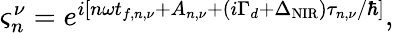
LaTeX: \begin{array}{r}{\varsigma_{n}^{\nu}=e^{i[n\omega t_{f,n,\nu}+A_{n,\nu}+(i\Gamma_{d}+\Delta_{\mathrm{NIR}})\tau_{n,\nu}/\hbar]},}\end{array}